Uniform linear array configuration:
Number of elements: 16
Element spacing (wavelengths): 0.5
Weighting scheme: exponential
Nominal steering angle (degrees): -30
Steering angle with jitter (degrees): -29.913
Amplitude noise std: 0.05
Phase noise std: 0.05

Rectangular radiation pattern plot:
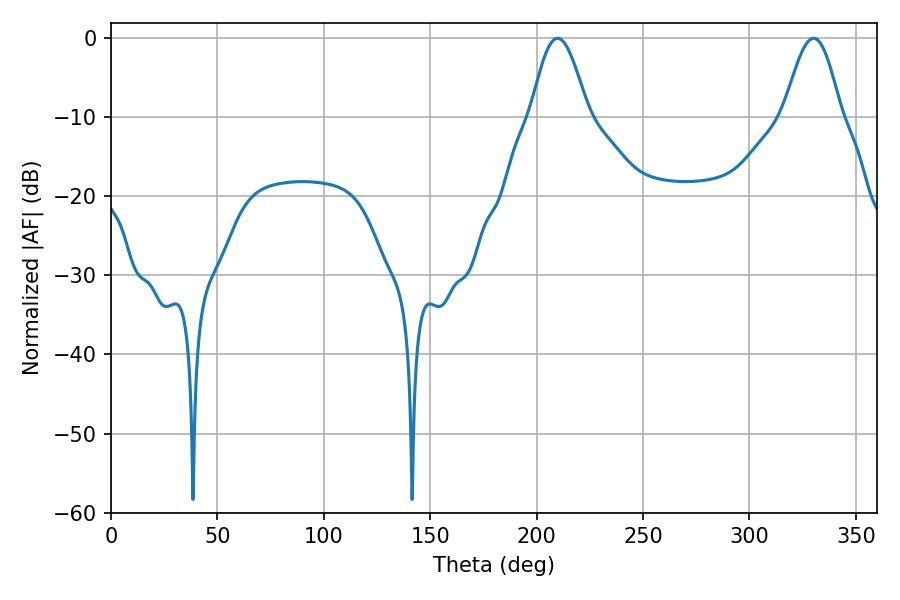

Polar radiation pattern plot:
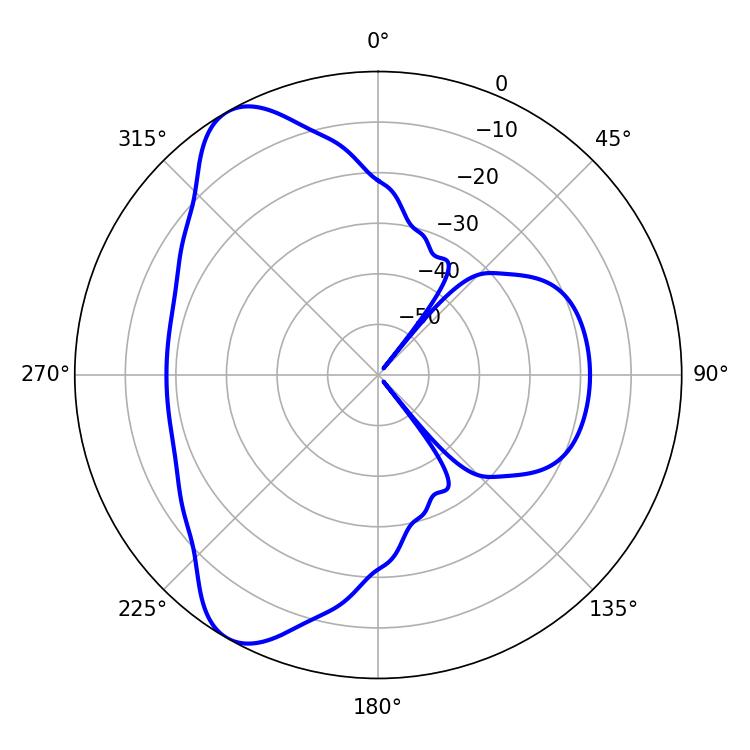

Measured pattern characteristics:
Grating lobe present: FALSE
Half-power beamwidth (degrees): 14.4
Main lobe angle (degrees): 209.88